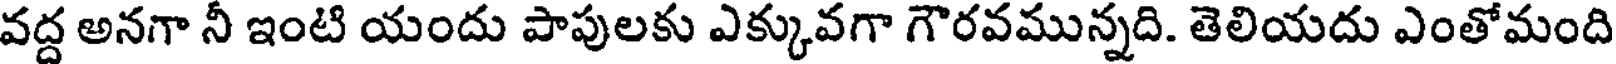
వద్ద అనగా నీ ఇంటి యందు పాపులకు ఎక్కువగా గౌరవమున్నది. తెలియదు ఎంతోమంది